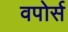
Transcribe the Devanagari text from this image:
वपोर्स